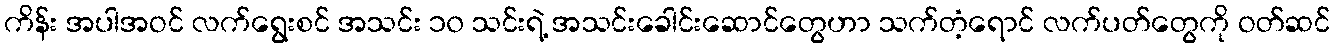
ကိန်း အပါအဝင် လက်ရွေးစင် အသင်း ၁၀ သင်းရဲ့ အသင်းခေါင်းဆောင်တွေဟာ သက်တံ့ရောင် လက်ပတ်တွေကို ဝတ်ဆင်